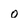
Character: O